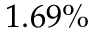
1 . 6 9 \%